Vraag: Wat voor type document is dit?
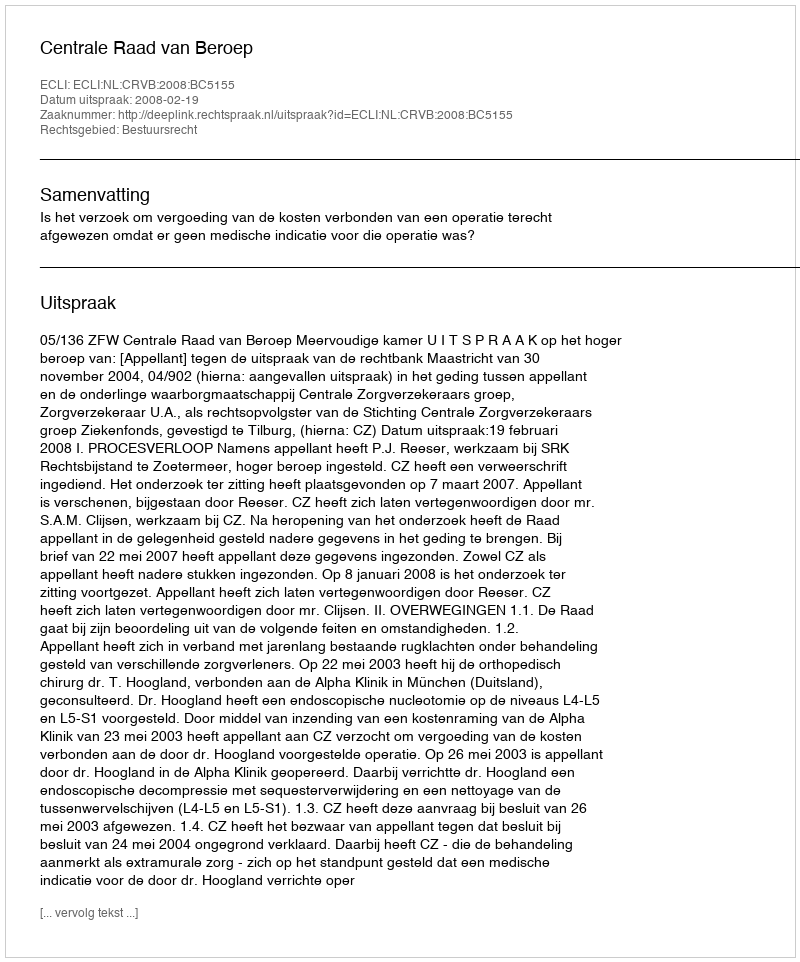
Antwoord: Uitspraak